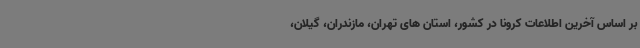
بر اساس آخرین اطلاعات کرونا در کشور، استان های تهران، مازندران، گیلان،